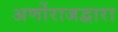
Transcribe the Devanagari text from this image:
अर्णोराजद्वारा